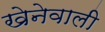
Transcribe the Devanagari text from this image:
खेनेवाली